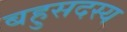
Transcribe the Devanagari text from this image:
बहुसदस्य